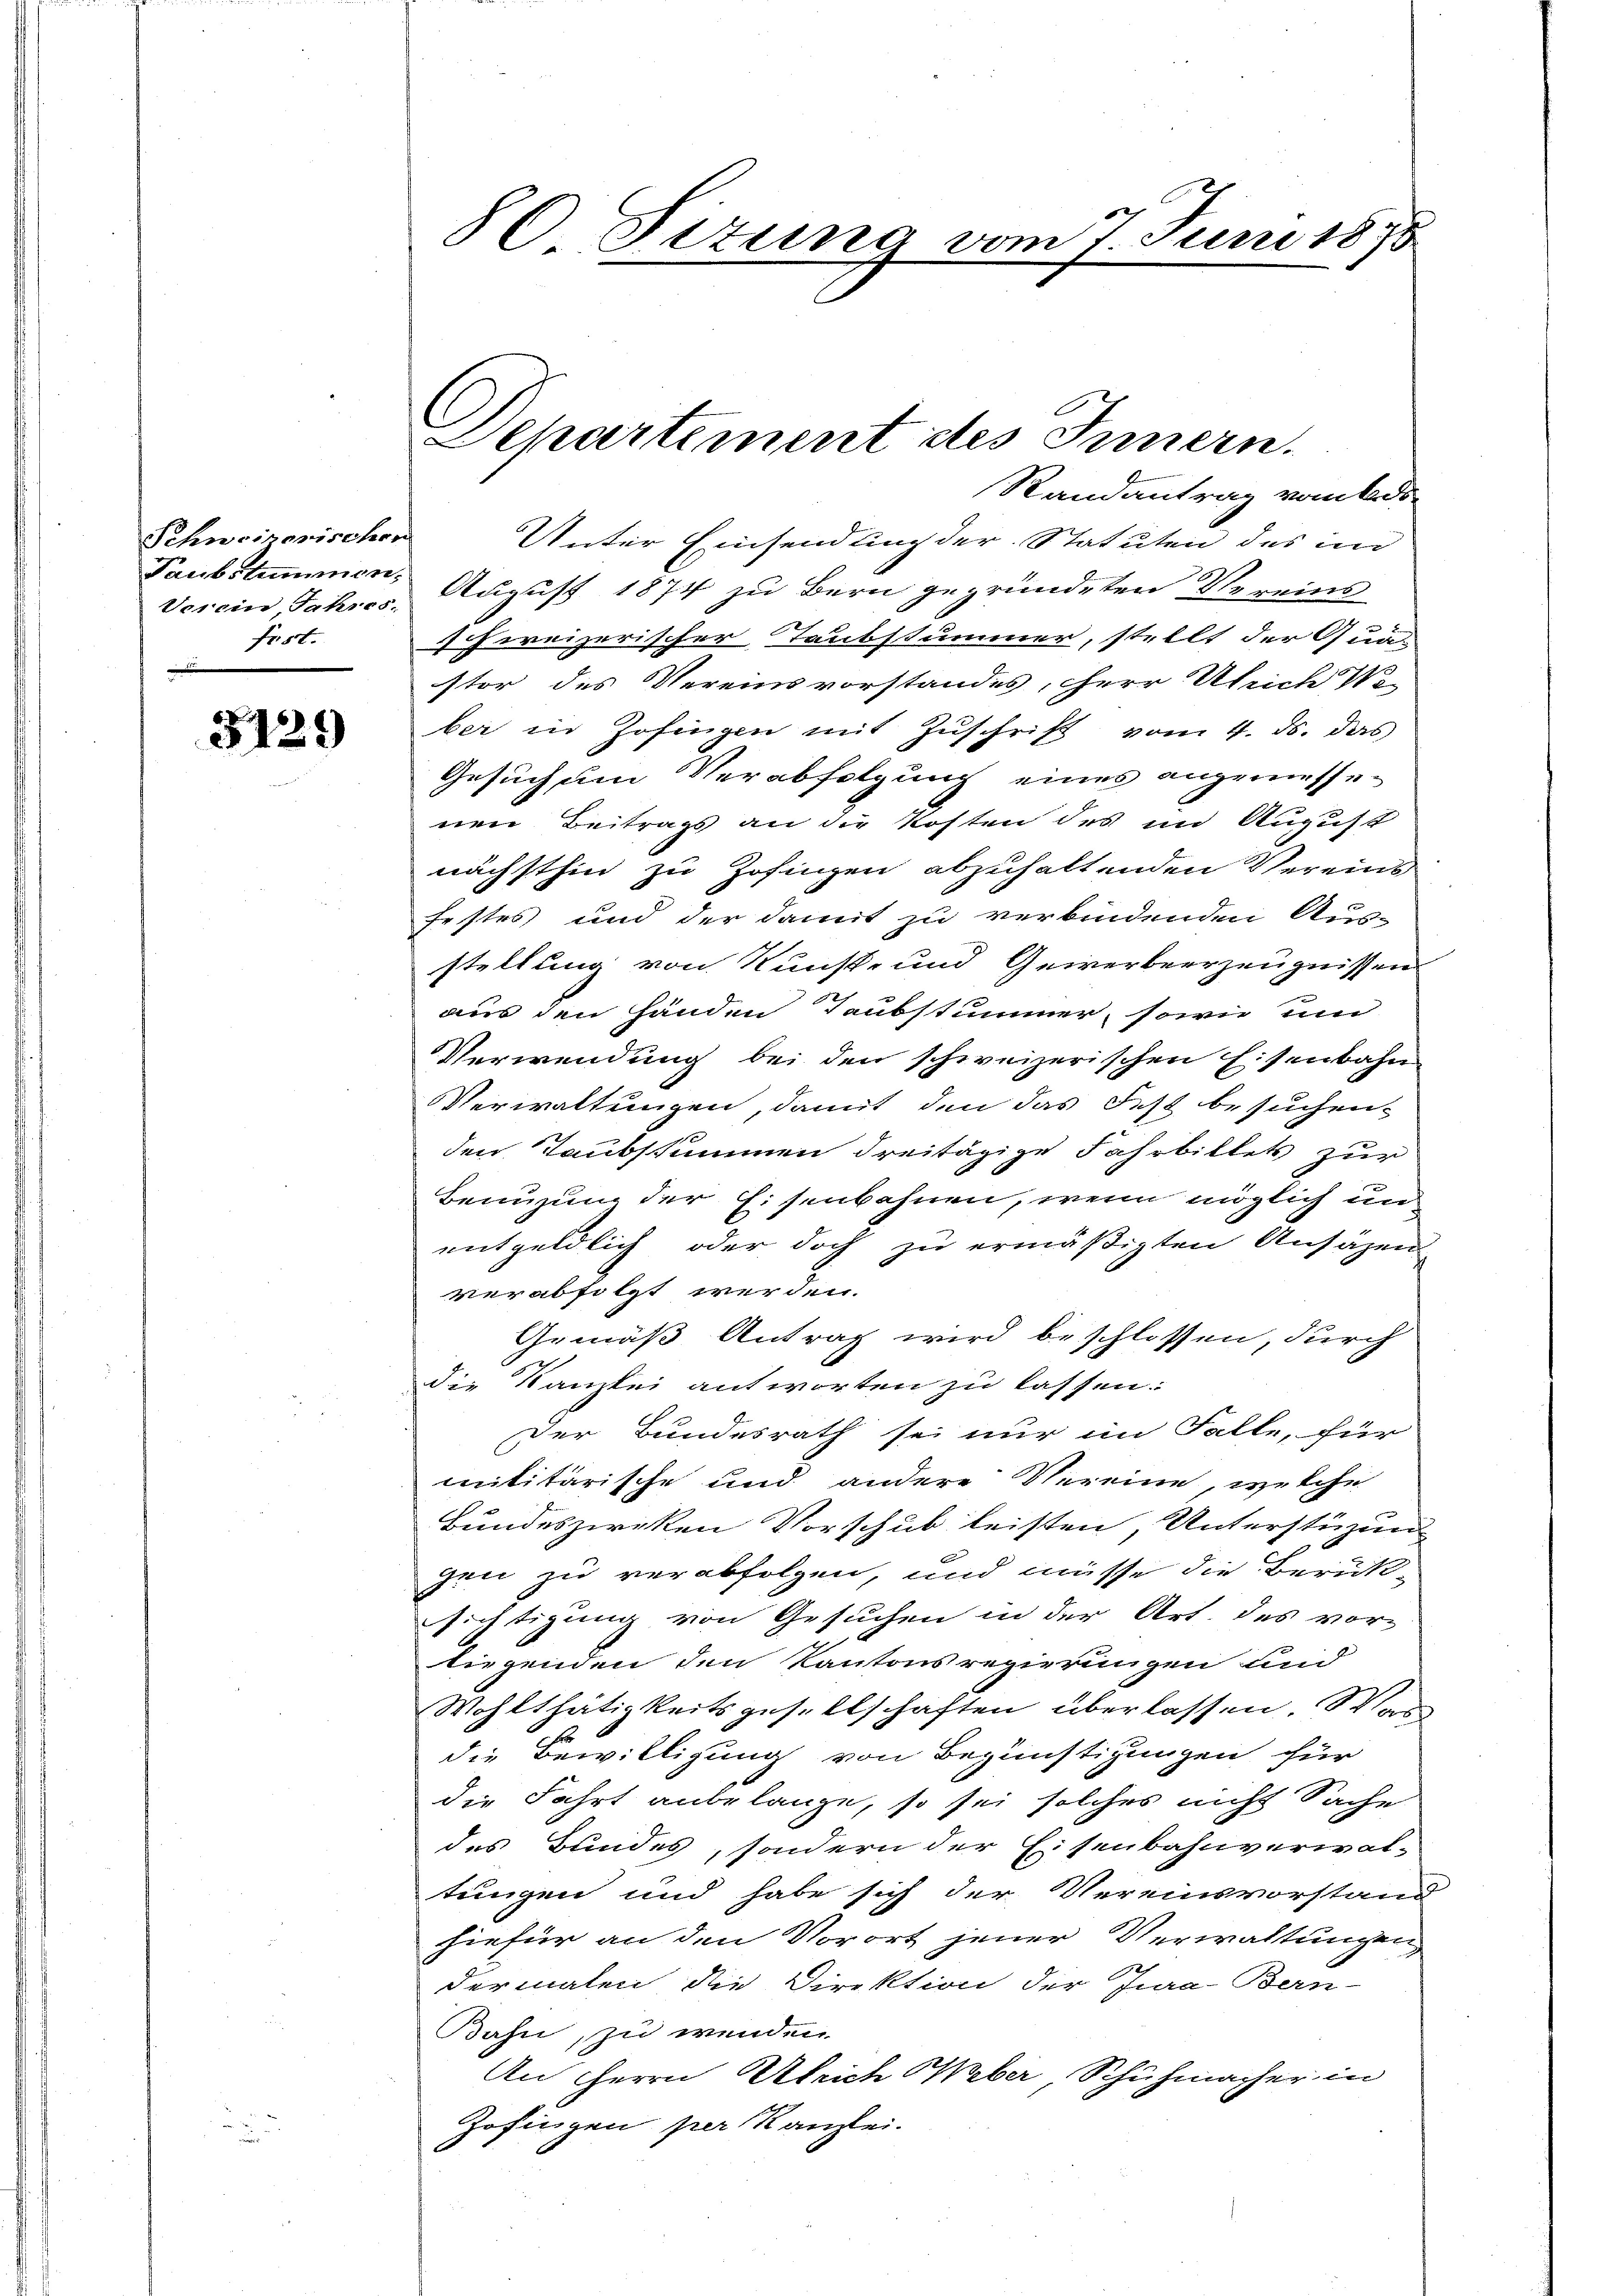
Schweinerischen
Verein, Jahres.
frst.

3129

Randantrag vom Ad
Unter Einsendung der Statuten des im
Taubstummen. August 1874 zu Bern gegründeten Vereins
schweizerischer Taubstummer, stellt der Qua-
stor des Vereinsvorstandes, Herr Abente Weber in Zofingen mit Zŭschrift vom 4. ds. das
Gesuch um Verabfolgung eines angemesse-
nen Beitrags an die Kosten des im August
nächsthin zu Zofingen abzuhaltenden Vereins
Festes und der damit zu verbindenden Aus-
stellung von Kunst- und Gewerbeerzeugnissen
aus den Händen Taubstummer, sowie um
Verwendung bei den schweizerischen Eisenbahn
Verwaltungen, damit den das Fest besuchen,
den Taubstummen dreitägige Fahrbillets zur
Benuzung der Eisenbahnen, wenn möglich un
entgeldlich oder doch zu ermäßigten Ansäzen
verabfolgt werden.
Gemäß Antrag wird beschlossen, durch
die Kanzlei antworten zu lassen:
Der Bundesrath sei nur im Falle, für
militärische und andere Vereine welche
Bundeszieken Vorschub leisten, Unterstüzung
gen zu verabfolgen, und müsse die Berük-
fichtigung von Gesuchen in der Art. des vor-
liegenden den Kantonsregierungen und
Wohlthätigkeitsgesellschaften überlassen. War
die Bewilligung von Begünstigungen für
die Fahrt anbelange, so sei solches nicht Sache
des Bundes, sondern der Eisenbahnverwal-
tungen und habe sich der Vereinsvorstand
hiefür an den Vorort jener Verwaltungen
dermalen die Direktion der Jura Bern-
Bahn, zu wenden
An Herrn Ulrich Weber, Schuhmacher in
Zofingen per Kanzlei.

86 Fizung vom 7. Juni 1875

Sehartement des Innern.